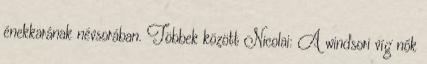
énekkarának névsorában. Többek között Nicolai: A windsori víg nők